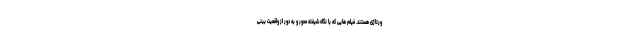
ورتاژی هستند. فیلم هایی که با نگاه شیفته محور و به دور از واقعیت بینی